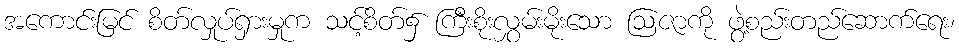
အကောင်းမြင် စိတ်လှုပ်ရှားမှုက သင့်စိတ်၌ ကြီးစိုးလွှမ်းမိုးသော ဩဇာကို ဖွဲ့စည်းတည်ဆောက်ရေး၊